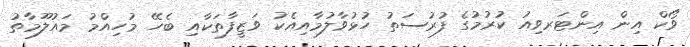
ވޯކް އިން އިންޓަރވިއު ކުރުމުގެ ފުރުސަތު ހުޅުވާލުމާއިއެކު ވަޒީފާތަކާއި ބެހޭ މުހިއްމު މައުލޫމާތު